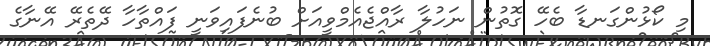
މި ކޯޅުންގަނޑާ ބެހޭ ގޮތުން ނަހުލާ ރާއްޖެއެމްވީއަށް ބުނެފައިވަނީ ފައްތާހާ ދޭތެރޭ އޭނާގެ